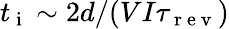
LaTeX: t_{\mathrm{~i~}}\sim 2d/(VI\tau_{\mathrm{~r~e~v~}})